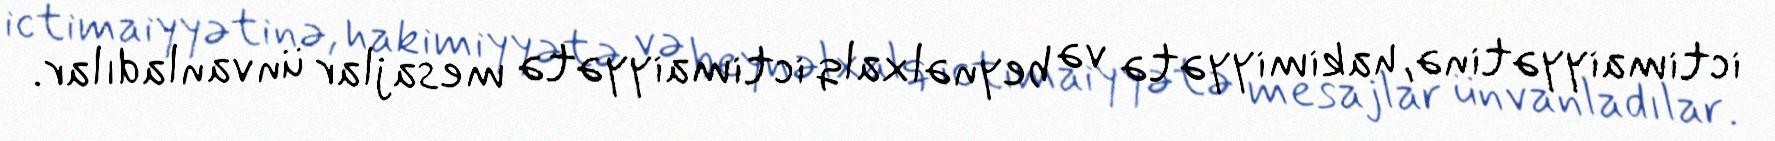
ictimaiyyətinə, hakimiyyətə və beynəlxalq ictimaiyyətə mesajlar ünvanladılar.